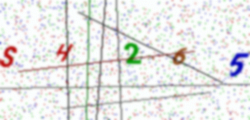
Text: SH265